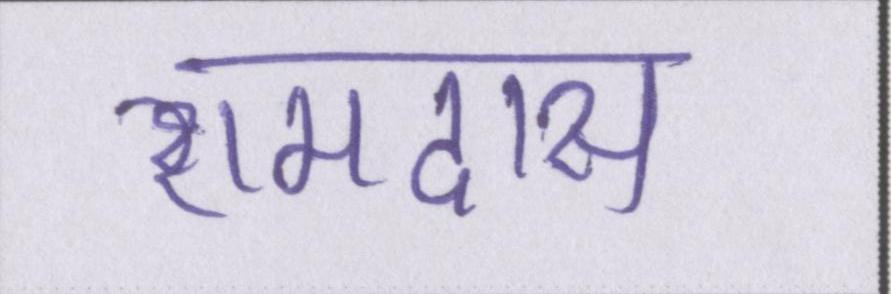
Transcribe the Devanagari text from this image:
रामदास